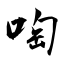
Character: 啕